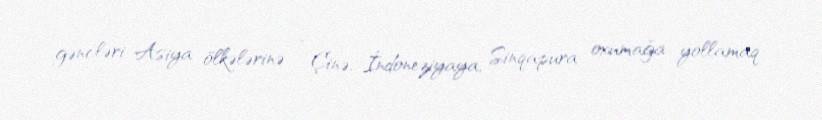
gəncləri Asiya ölkələrinə - Çinə, İndoneziyaya, Sinqapura oxumağa yollamaq